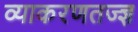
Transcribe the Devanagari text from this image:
व्याकरणतज्‍ज्ञ